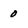
Character: 0